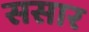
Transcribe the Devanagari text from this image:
ससार